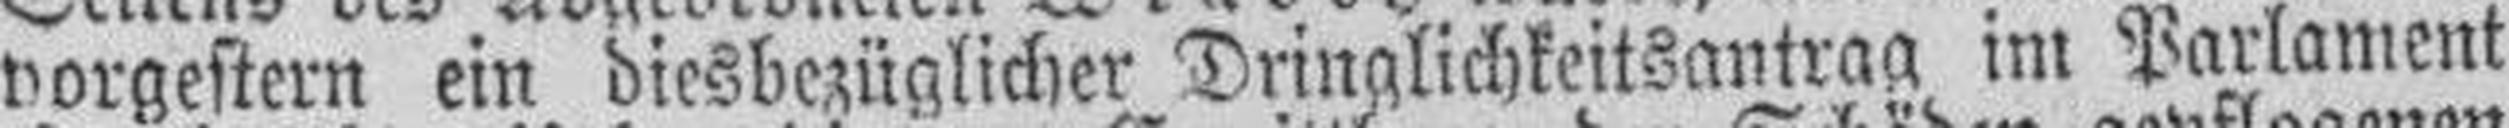
vorgestern ein diesbezüglicher Dringlichkeitsantrag im Parlament